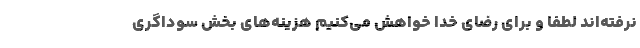
نرفته‌اند لطفا و برای رضای خدا خواهش می‌کنیم هزینه‌های بخش سوداگری